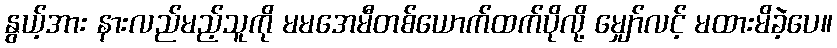
နွယ့်အား နားလည်မည့်သူကို မမအေမီတစ်ယောက်ထက်ပိုလို့ မျှော်လင့် မထားမိခဲ့ပေ။